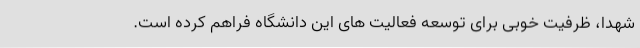
شهدا، ظرفیت خوبی برای توسعه فعالیت های این دانشگاه فراهم کرده است.